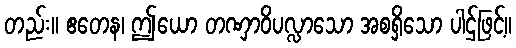
တည်း။ ဧတေန၊ ဤယော တဏှာဝိပလ္လာသော အစရှိသော ပါဌ်ဖြင့်။